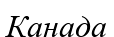
Канада